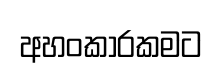
අහංකාරකමට